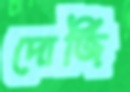
দোর্জি